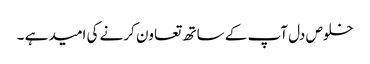
خلوص دل آپ کے ساتھ تعاون کرنے کی امید ہے ۔